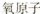
氧原子